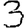
Digit: 3